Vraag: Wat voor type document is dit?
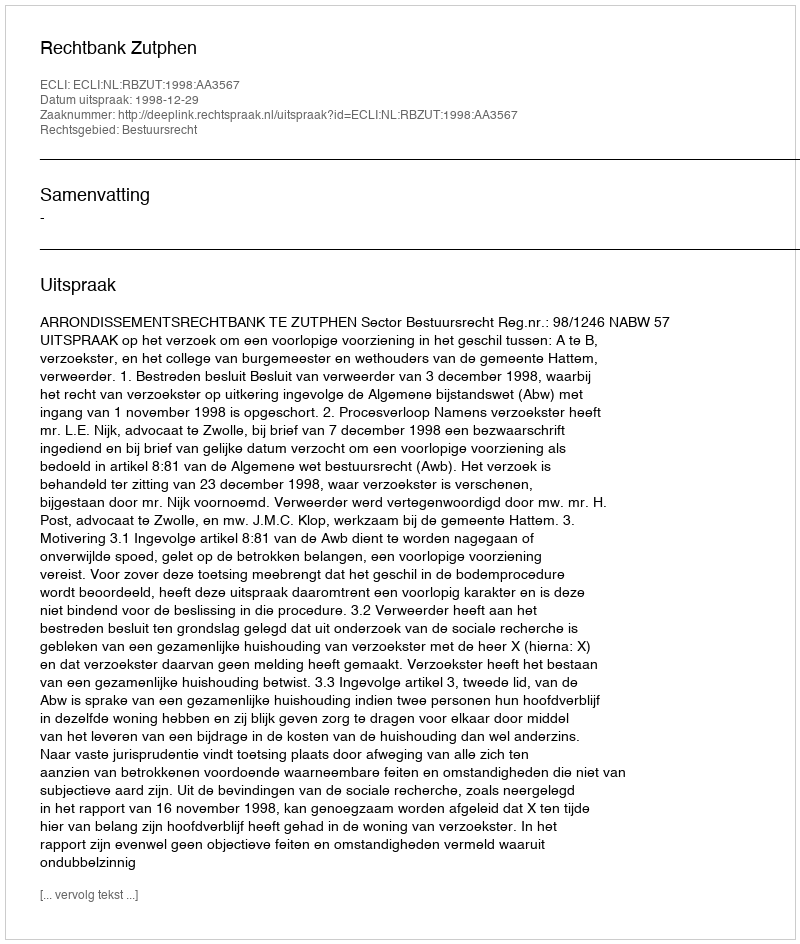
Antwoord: Uitspraak